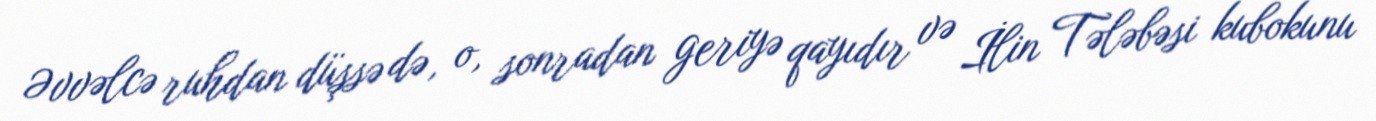
Əvvəlcə ruhdan düşsə də, o, sonradan geriyə qayıdır və İlin Tələbəsi kubokunu